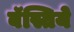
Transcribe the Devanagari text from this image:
बॅस्तिये